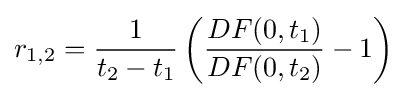
r_{1,2}={\frac {1}{t_{2}-t_{1}}}\left({\frac {DF(0,t_{1})}{DF(0,t_{2})}}-1\right)